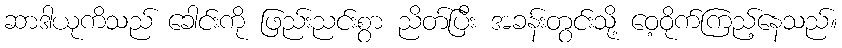
ဆာဒါယုကိသည် ခေါင်းကို ဖြည်းညင်းစွာ ညိတ်ပြီး အခန်းတွင်းသို့ ဝေ့ဝိုက်ကြည့်နေသည်။